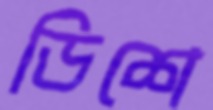
ডিশে